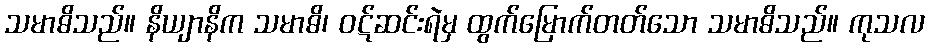
သမာဓိသည်။ နိယျာနိက သမာဓိ၊ ဝဋ်ဆင်းရဲမှ ထွက်မြောက်တတ်သော သမာဓိသည်။ ကုသလ